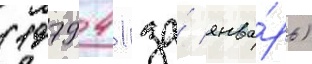
(1979 41 за́ янва́рь)